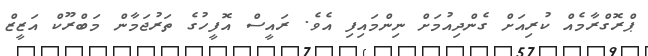
ޕްރޮގްރާމެއް ކުރިއަށް ގެންދިއުމަށް ނިންމައިފި އެވެ. ރައީސް އޮފީހުގެ ތަރުޖަމާން މަބްރޫކް އަޒީޒް